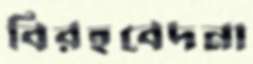
বিরহবেদনা